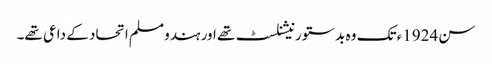
سن 1924ء تک وہ بدستور نیشنلسٹ تھے اور ہندو مسلم اتحاد کے داعی تھے۔